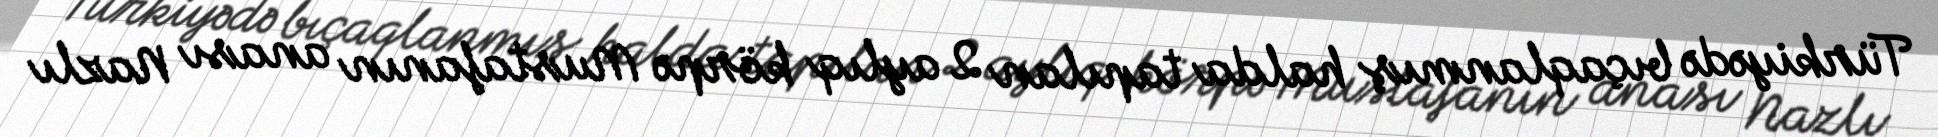
Türkiyədə bıçaqlanmış halda tapılan 2 aylıq körpə Mustafanın anası Nazlı